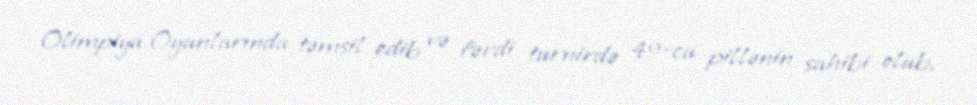
Olimpiya Oyunlarında təmsil edib və fərdi turnirdə 49-cu pillənin sahibi olub.